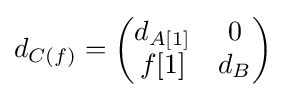
d_{C(f)}={\begin{pmatrix}d_{A[1]}&0\\f[1]&d_{B}\end{pmatrix}}